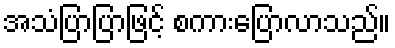
အသံပြာပြာဖြင့် စကားပြောလာသည်။